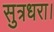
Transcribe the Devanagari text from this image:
सुत्रधरा।